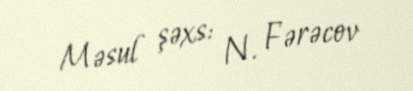
Məsul şəxs: N. Fərəcov